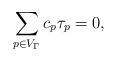
LaTeX: \begin{align*}\sum_{p\in V_\Gamma}c_p\tau_p=0,\end{align*}